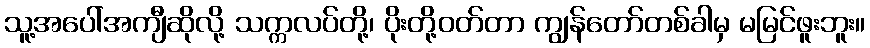
သူ့အပေါ်အကျီဆိုလို့ သက္ကလပ်တို့၊ ပိုးတို့ဝတ်တာ ကျွန်တော်တစ်ခါမှ မမြင်ဖူးဘူး။